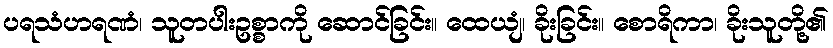
ပရသံဟရဏံ၊ သူတပါးဥစ္စာကို ဆောင်ခြင်း။ ထေယျံ၊ ခိုးခြင်း။ စောရိကာ၊ ခိုးသူတို့၏